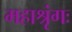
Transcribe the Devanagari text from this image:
महाश्रृंगः